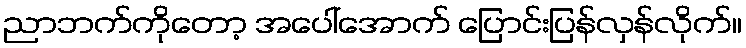
ညာဘက်ကိုတော့ အပေါ်အောက် ပြောင်းပြန်လှန်လိုက်။